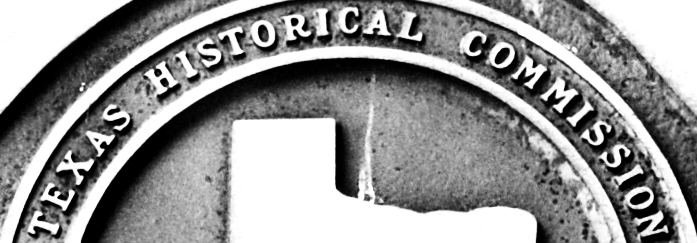
TEXAS HISTORICAL COMMISSION